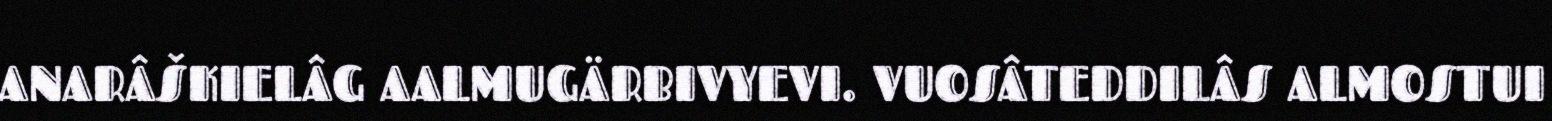
ANARÂŠKIELÂG AALMUGÄRBIVYEVI. VUOSÂTEDDILÂS ALMOSTUI